Report on the metropolitan horse fairs and district horse shows of 1892-93 - 1892-1893
Year: 1892
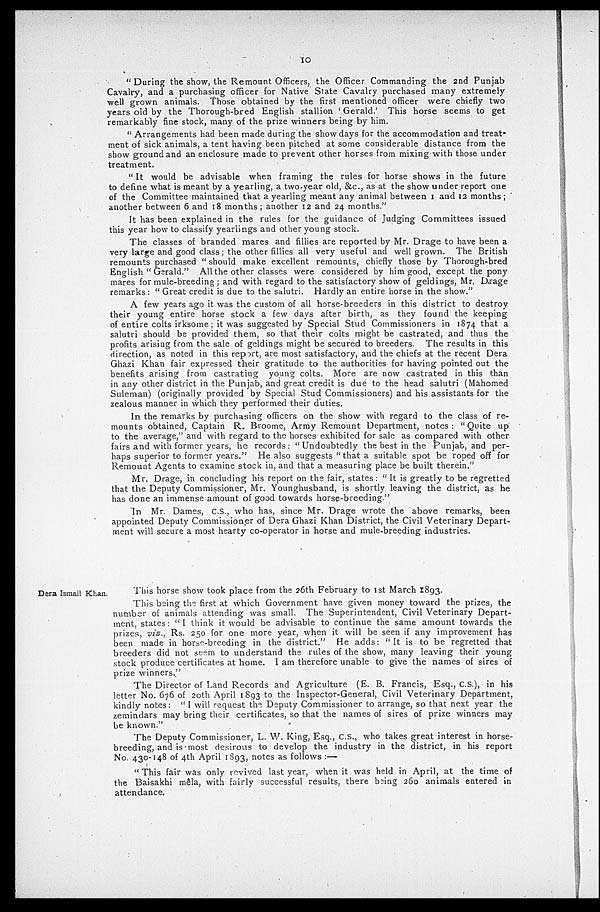
10
" During the show, the Remount Officers, the Officer Commanding the 2nd Punjab
Cavalry, and a purchasing officer for Native State Cavalry purchased many extremely
well grown animals. Those obtained by the first mentioned officer were chiefly two
years old by the Thorough-bred English stallion 'Gerald.' This horse seems to get
remarkably fine stock, many of the prize winners being by him.
" Arrangements had been made during the show days for the accommodation and treat-
ment of sick animals, a tent having been pitched at some considerable distance from the
show ground and an enclosure made to prevent other horses from mixing with those under
treatment.
" It would be advisable when framing the rules for horse shows in the future
to define what is meant by a yearling, a two-year old, &c., as at the show under report one
of the Committee maintained that a yearling meant any animal between 1 and 12 months;
another between 6 and 18 months ; another 12 and 24 months."
It has been explained in the rules for the guidance of Judging Committees issued
this year how to classify yearlings and other young stock.
The classes of branded mares and fillies are reported by Mr. Drage to have been a
very large and good class ; the other fillies all very useful and well grown. The British
remounts purchased " should make excellent remounts, chiefly those by Thorough-bred
English " Gerald." All the other classes were considered by him good, except the pony
mares for mule-breeding; and with regard to the satisfactory show of geldings, Mr. Drage
remarks: " Great credit is due to the salutri. Hardly an entire horse in the show. "
A few years ago it was the custom of all horse-breeders in this district to destroy
their young entire horse stock a few days after birth, as they found the keeping
of entire colts irksome; it was suggested by Special Stud Commissioners in 1874 that a
salutri should be provided them, so that their colts might be castrated, and thus the
profits arising from the sale of geldings might be secured to breeders. The results in this
direction, as noted in this report, are most satisfactory, and the chiefs at the recent Dera
Ghazi Khan fair expressed their gratitude to the authorities for having pointed out the
benefits arising from castrating young colts. More are now castrated in this than
in any other district in the Punjab, and great credit is due to the head salutri (Mahomed
Suleman) (originally provided by Special Stud Commissioners) and his assistants for the
zealous manner in which they performed their duties.
In the remarks by purchasing officers on the show with regard to the class of re-
mounts obtained, Captain R. Broome, Army Remount Department, notes: "Quite up
to the average," and with regard to the horses exhibited for sale as compared with other
fairs and with former years, he records: "Undoubtedly the best in the Punjab, and per-
haps superior to former years." He also suggests "that a suitable spot be roped off for
Remount Agents to examine stock in, and that a measuring place be built therein."
Mr. Drage, in concluding his report on the fair, states: "It is greatly to be regretted
that the Deputy Commissioner, Mr. Younghusband, is shortly leaving the district, as he
has done an immense amount of good towards horse-breeding."
In Mr. Dames, C.S., who has, since Mr. Drage wrote the above remarks, been
appointed Deputy Commissioner of Dera Ghazi Khan District, the Civil Veterinary Depart-
ment will secure a most hearty co-operator in horse and mule-breeding industries.
Dera Ismail Khan.
This horse show took place from the 26th February to 1st March 1893.
This being the first at which Government have given money toward the prizes, the
number of animals attending was small. The Superintendent, Civil Veterinary Depart-
ment, states: " I think it would be advisable to continue the same amount towards the
prizes, viz., Rs. 250 for one more year, when it will be seen if any improvement has
been made in horse-breeding in the district." He adds : " It is to be regretted that
breeders did not seem to understand the rules of the show, many leaving their young
stock produce certificates at home. I am therefore unable to give the names of sires of
prize winners."
The Director of Land Records and Agriculture (E. B. Francis, Esq., C.S.), in his
letter No. 676 of 20th April 1893 to the Inspector-General, Civil Veterinary Department,
kindly notes: " I will request the Deputy Commissioner to arrange, so that next year the
zemindars may bring their certificates, so that the names of sires of prize winners may
be known."
The Deputy Commissioner, L. W. King, Esq., C.S., who takes great interest in horse-
breeding, and is most desirous to develop the industry in the district, in his report
No. 430-148 of 4th April 1893, notes as follows :—
" This fair was only revived last year, when it was held in April, at the time of
the Baisakhi mêla, with fairly successful results, there being 260 animals entered in
attendance.